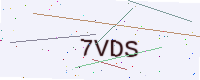
Text: 7VDS